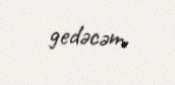
gedəcəm.